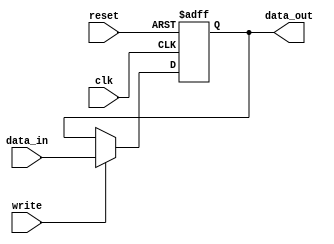
module dbg_register_1 (
                      data_in, 
                      data_out, 
                      write, 
                      clk, 
                      reset
                    );
parameter WIDTH = 8; 
parameter RESET_VALUE = 0;
input   [WIDTH-1:0] data_in;
input               write;
input               clk;
input               reset;
output  [WIDTH-1:0] data_out;
reg     [WIDTH-1:0] data_out;
always @ (posedge clk or posedge reset)
begin
  if(reset)
    data_out[WIDTH-1:0] <=  RESET_VALUE;
  else if(write)
    data_out[WIDTH-1:0] <=  data_in[WIDTH-1:0];
end
endmodule